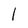
Character: I